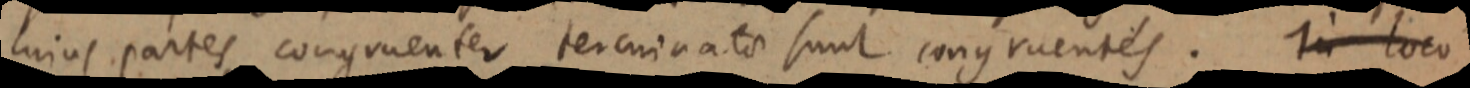
cuius partes congruenter terminato sunt congruentes. In loco